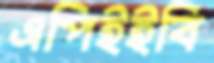
এপিইইবি